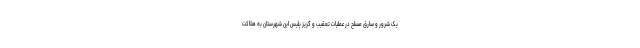
یک شرور و سارق مسلح در عملیات تعقیب و گریز پلیس این شهرستان به هلاکت